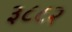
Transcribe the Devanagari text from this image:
३८८२